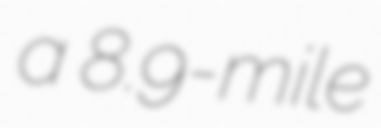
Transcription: a 8.9-mile